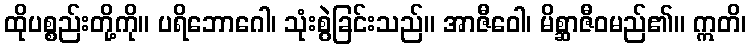
ထိုပစ္စည်းတို့ကို။ ပရိဘောဂေါ၊ သုံးစွဲခြင်းသည်။ အာဇီဝေါ၊ မိစ္ဆာဇီဝမည်၏။ ဣတိ၊